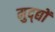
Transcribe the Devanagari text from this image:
मुद्द्यों